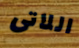
اللاتى